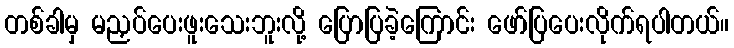
တစ်ခါမှ မညှပ်ပေးဖူးသေးဘူးလို့ ပြောပြခဲ့ကြောင်း ဖော်ပြပေးလိုက်ရပါတယ်။